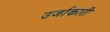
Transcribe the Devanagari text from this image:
उर्जाकारी